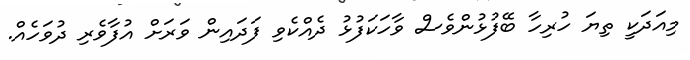
މިއަދަކީ ތިޔަ ހުރިހާ ބޭފުޅުންވެސް ވާހަކަފުޅު ދެއްކެވި ފަދައިން ވަރަށް އުފާވެރި ދުވަހެއް.